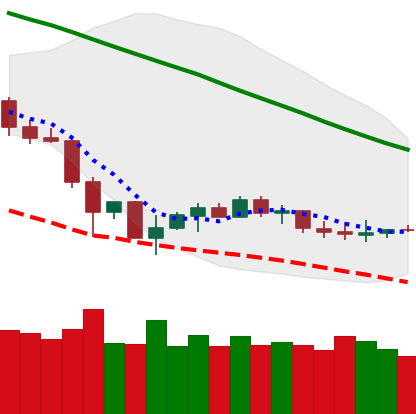
Ticker: LTC-USD
Chart end date: 2019-12-07
Forward return: -3.414%
Label: down_3_5